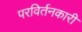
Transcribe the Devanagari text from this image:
परविर्तनकारी